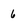
Character: 6